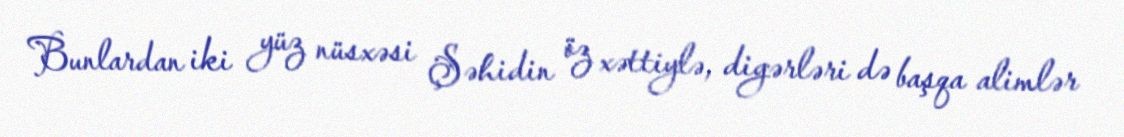
Bunlardan iki yüz nüsxəsi Şəhidin öz xəttiylə, digərləri də başqa alimlər